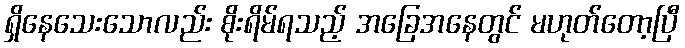
ရှိနေသေးသောလည်း စိုးရိမ်ရသည့် အခြေအနေတွင် မဟုတ်တော့ပြီ